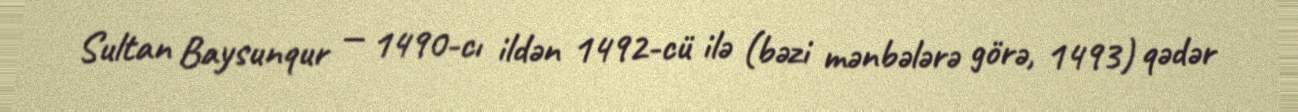
Sultan Baysunqur — 1490-cı ildən 1492-cü ilə (bəzi mənbələrə görə, 1493) qədər